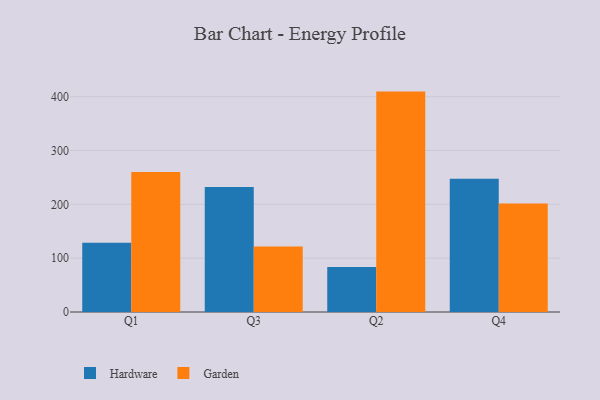
{"axis": {"x": "Quarter", "y": "Website Visitors"}, "legend": ["Garden", "Hardware"], "data": [{"x": "Q1", "y": 128.8, "type": "Hardware"}, {"x": "Q1", "y": 259.9, "type": "Garden"}, {"x": "Q3", "y": 232.2, "type": "Hardware"}, {"x": "Q3", "y": 121.9, "type": "Garden"}, {"x": "Q2", "y": 83.8, "type": "Hardware"}, {"x": "Q2", "y": 409.4, "type": "Garden"}, {"x": "Q4", "y": 247.3, "type": "Hardware"}, {"x": "Q4", "y": 201.4, "type": "Garden"}]}